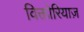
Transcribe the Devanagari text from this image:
विक्तोरियाज़